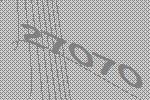
27070